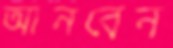
আনবেন